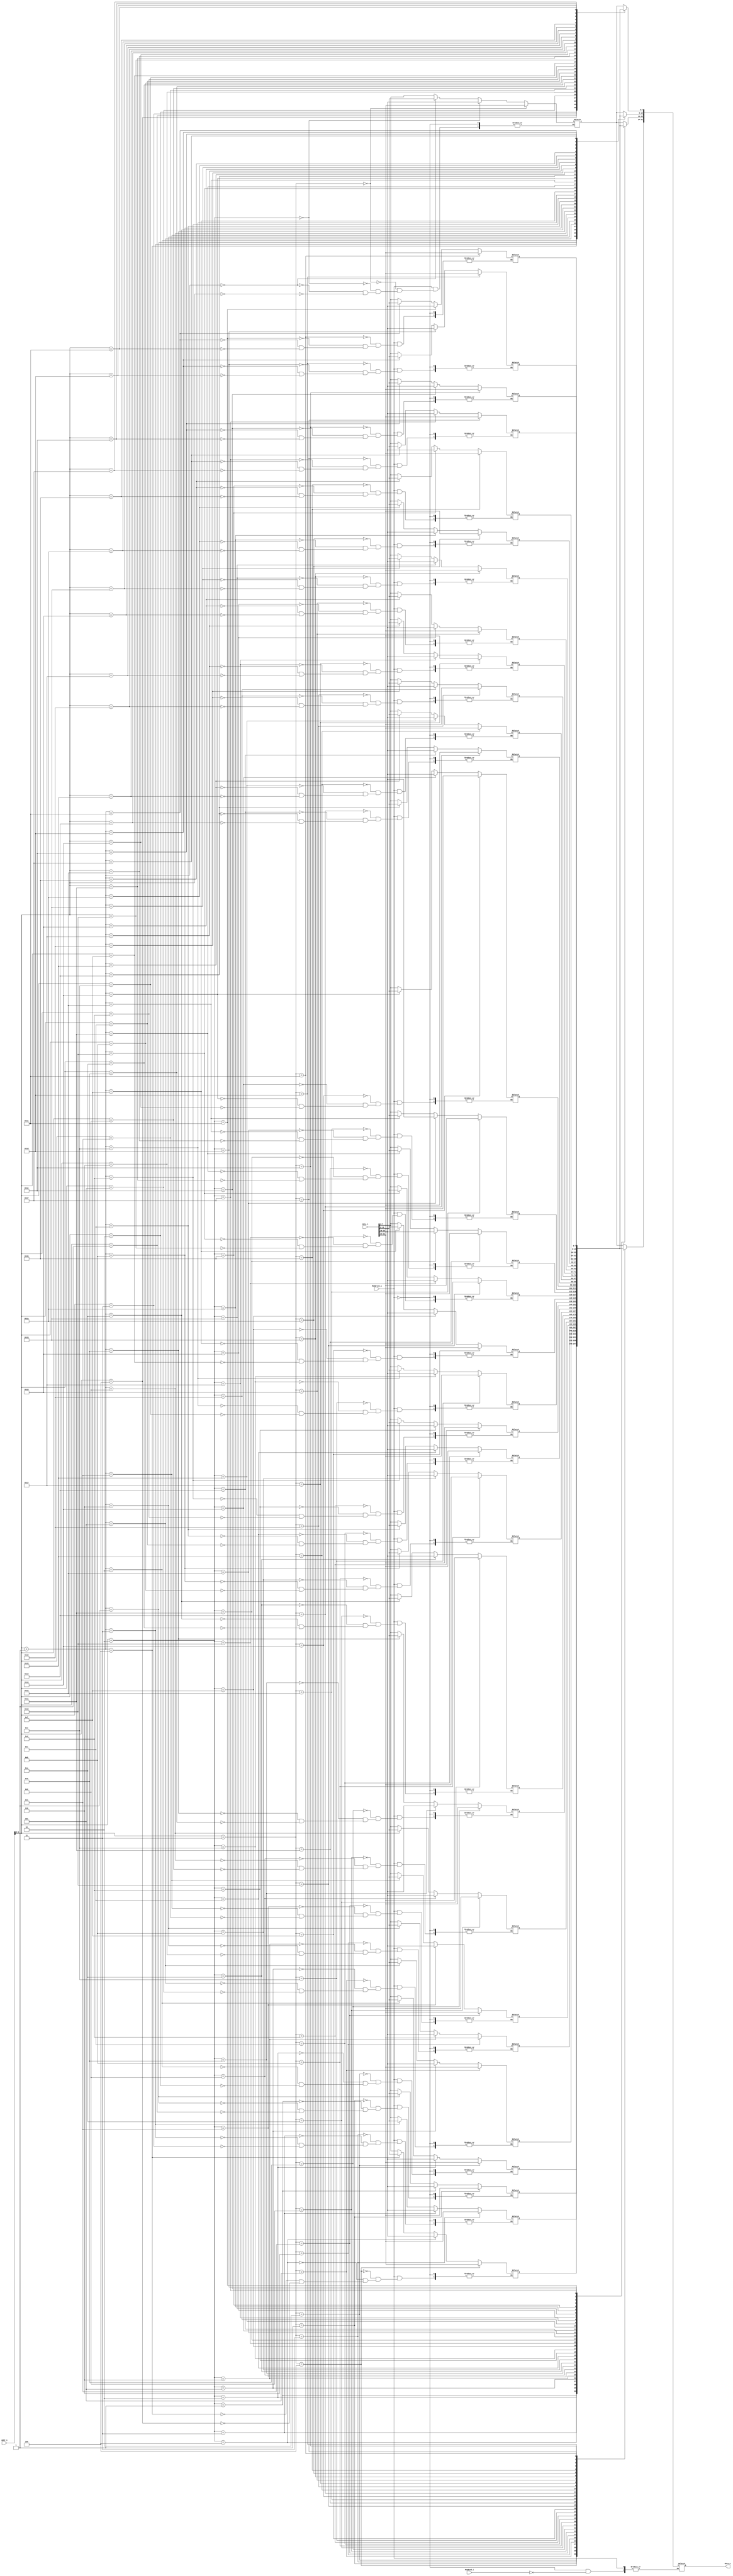
module Data_Memory
(
    addr_i, 
    data_i,
    MemWrite_i,
    MemRead_i,
    data_o
);
input   [31:0]  addr_i;
input   [31:0]  data_i;
input		    MemWrite_i;
input		    MemRead_i;
output  [31:0]  data_o;
reg	[31:0]	    data_o;
reg     [7:0]   memory[0:31];

always @(addr_i or data_i or MemWrite_i or MemRead_i) begin
	if(MemWrite_i) begin
		memory[addr_i]   <= data_i[7:0];
		memory[addr_i+1] <= data_i[15:8];
		memory[addr_i+2] <= data_i[23:16];
		memory[addr_i+3] <= data_i[31:24];
	end
	else if(MemRead_i) begin
		data_o[7:0]   <= memory[addr_i];
		data_o[15:8]  <= memory[addr_i+1];
		data_o[23:16] <= memory[addr_i+2];
		data_o[31:24] <= memory[addr_i+3];
	end
end
endmodule